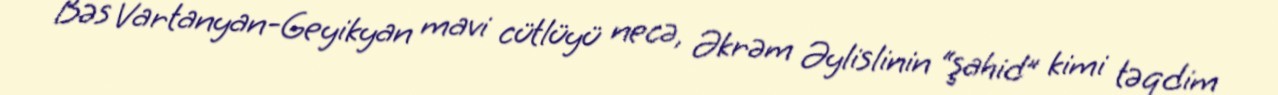
Bəs Vartanyan-Geyikyan mavi cütlüyü necə, Əkrəm Əylislinin “şahid” kimi təqdim